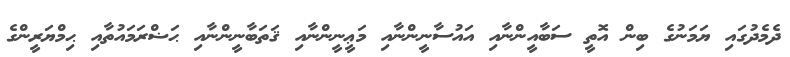
ދެމެދުގައި ޔަމަނުގެ ބިން އޮތީ ސަބާއީންނާއި އައުސާނީންނާއި މަޢީނީންނާއި ޤަތަބާނީންނާއި ޙަޟްރަމައުތާއި ޙިމްޔަރީންގެ